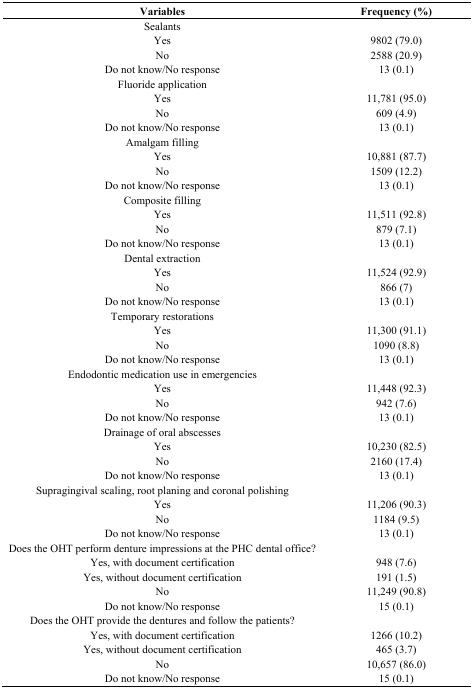
<table><thead><tr><td><b>Variables</b></td><td><b>Frequency (%)</b></td></tr></thead><tbody><tr><td>Sealants</td><td></td></tr><tr><td>Yes</td><td>9802 (79.0)</td></tr><tr><td>No</td><td>2588 (20.9)</td></tr><tr><td>Do not know/No response</td><td>13 (0.1)</td></tr><tr><td>Fluoride application</td><td></td></tr><tr><td>Yes</td><td>11,781 (95.0)</td></tr><tr><td>No</td><td>609 (4.9)</td></tr><tr><td>Do not know/No response</td><td>13 (0.1)</td></tr><tr><td>Amalgam filling</td><td></td></tr><tr><td>Yes</td><td>10,881 (87.7)</td></tr><tr><td>No</td><td>1509 (12.2)</td></tr><tr><td>Do not know/No response</td><td>13 (0.1)</td></tr><tr><td>Composite filling</td><td></td></tr><tr><td>Yes</td><td>11,511 (92.8)</td></tr><tr><td>No</td><td>879 (7.1)</td></tr><tr><td>Do not know/No response</td><td>13 (0.1)</td></tr><tr><td>Dental extraction</td><td></td></tr><tr><td>Yes</td><td>11,524 (92.9)</td></tr><tr><td>No</td><td>866 (7)</td></tr><tr><td>Do not know/No response</td><td>13 (0.1)</td></tr><tr><td>Temporary restorations</td><td></td></tr><tr><td>Yes</td><td>11,300 (91.1)</td></tr><tr><td>No</td><td>1090 (8.8)</td></tr><tr><td>Do not know/No response</td><td>13 (0.1)</td></tr><tr><td>Endodontic medication use in emergencies</td><td></td></tr><tr><td>Yes</td><td>11,448 (92.3)</td></tr><tr><td>No</td><td>942 (7.6)</td></tr><tr><td>Do not know/No response</td><td>13 (0.1)</td></tr><tr><td>Drainage of oral abscesses</td><td></td></tr><tr><td>Yes</td><td>10,230 (82.5)</td></tr><tr><td>No</td><td>2160 (17.4)</td></tr><tr><td>Do not know/No response</td><td>13 (0.1)</td></tr><tr><td>Supragingival scaling, root planing and coronal polishing</td><td></td></tr><tr><td>Yes</td><td>11,206 (90.3)</td></tr><tr><td>No</td><td>1184 (9.5)</td></tr><tr><td>Do not know/No response</td><td>13 (0.1)</td></tr><tr><td>Does the OHT perform denture impressions at the PHC dental office?</td><td></td></tr><tr><td>Yes, with document certification</td><td>948 (7.6)</td></tr><tr><td>Yes, without document certification</td><td>191 (1.5)</td></tr><tr><td>No</td><td>11,249 (90.8)</td></tr><tr><td>Do not know/No response</td><td>15 (0.1)</td></tr><tr><td>Does the OHT provide the dentures and follow the patients?</td><td></td></tr><tr><td>Yes, with document certification</td><td>1266 (10.2)</td></tr><tr><td>Yes, without document certification</td><td>465 (3.7)</td></tr><tr><td>No</td><td>10,657 (86.0)</td></tr><tr><td>Do not know/No response</td><td>15 (0.1)</td></tr></tbody></table>